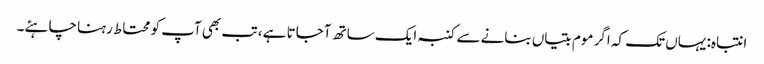
انتباہ: یہاں تک کہ اگر موم بتیاں بنانے سے کنبہ ایک ساتھ آجاتا ہے ، تب بھی آپ کو محتاط رہنا چاہئے۔